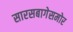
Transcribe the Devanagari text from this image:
सारसबागेसमोर